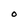
Character: O